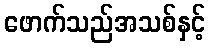
ဖောက်သည်အသစ်နှင့်